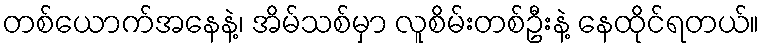
တစ်ယောက်အနေနဲ့၊ အိမ်သစ်မှာ လူစိမ်းတစ်ဦးနဲ့ နေထိုင်ရတယ်။